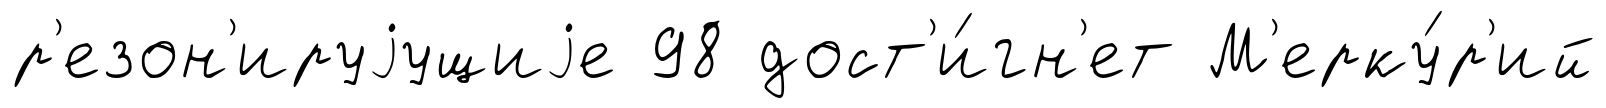
р'езон'ируjущиjе 98 дост'и́гн'ет М'ерку́р'ий